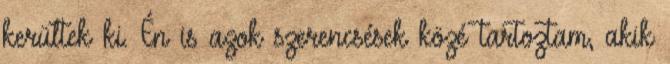
kerültek ki. Én is azok szerencsések közé tartoztam, akik